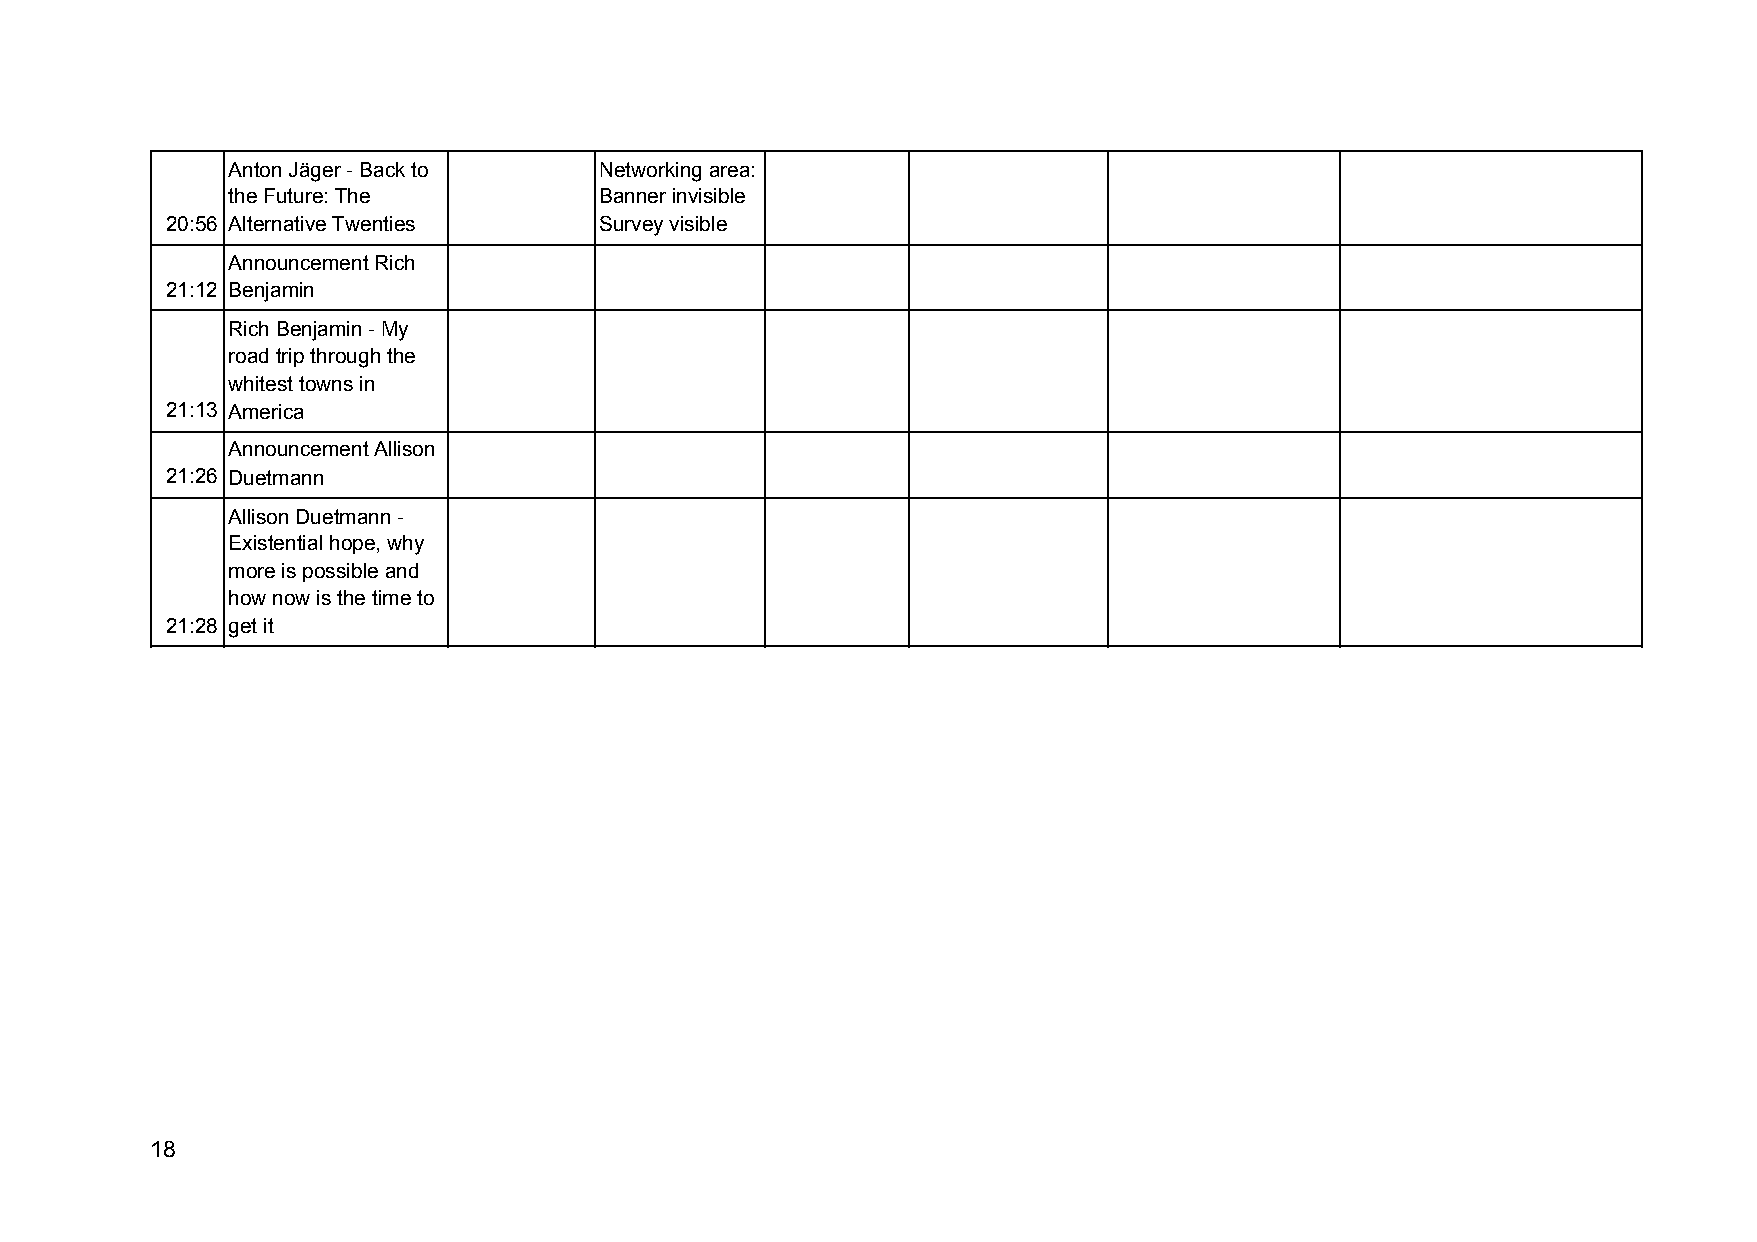
Anton Jäger - Back to    Networking area:
 the Future: The          Banner invisible
 20:56 Alternative Twenties   Survey visible
 Announcement Rich
 21:12 Benjamin
 Rich Benjamin - My
 road trip through the
 whitest towns in
 21:13 America
 Announcement Allison
 21:26 Duetmann
 Allison Duetmann -
 Existential hope, why
 more is possible and
 how now is the time to
 21:28 get it
 18